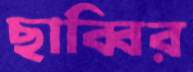
ছাব্বির